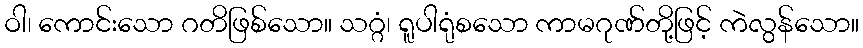
ဝါ၊ ကောင်းသော ဂတိဖြစ်သော။ သဂ္ဂံ၊ ရူပါရုံစသော ကာမဂုဏ်တို့ဖြင့် ကဲလွန်သော။